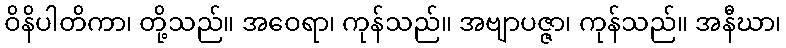
ဝိနိပါတိကာ၊ တို့သည်။ အဝေရာ၊ ကုန်သည်။ အဗျာပဇ္ဇာ၊ ကုန်သည်။ အနီဃာ၊